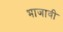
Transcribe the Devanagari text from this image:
भाजावी